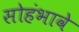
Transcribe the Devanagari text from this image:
सोहंभावे